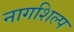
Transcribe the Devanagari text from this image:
नागशिल्प